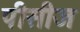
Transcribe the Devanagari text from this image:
पीसीज